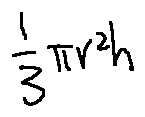
\frac { 1 } { 3 } \pi r ^ { 2 } h